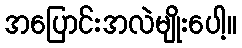
အပြောင်းအလဲမျိုးပေါ့။